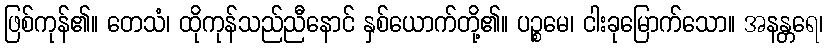
ဖြစ်ကုန်၏။ တေသံ၊ ထိုကုန်သည်ညီနောင် နှစ်ယောက်တို့၏။ ပဉ္စမေ၊ ငါးခုမြောက်သော။ အနန္တရေ၊